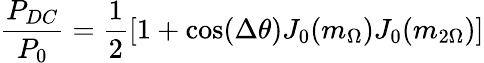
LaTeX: \frac{P_{DC}}{P_{0}}=\frac{1}{2}[1+\cos(\Delta\theta)J_{0}(m_{\Omega})J_{0}(m_{2\Omega})]